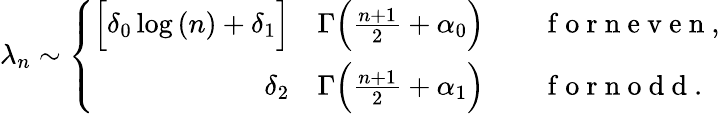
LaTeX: \lambda_{n}\sim\left\{ \begin{array}{rl}{\Big[\delta_{0}\log{(n)}+\delta_{1}\Big]}&{{}\Gamma\Big(\frac{n+1}{2}+\alpha_{0}\Big)\qquad\mathrm{~f~o~r~n~e~v~e~n~},}\\ {\delta_{2}}&{{}\Gamma\Big(\frac{n+1}{2}+\alpha_{1}\Big)\qquad\mathrm{~f~o~r~n~o~d~d~}.}\end{array}\right.